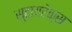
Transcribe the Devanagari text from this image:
स्टायरेक्स